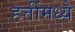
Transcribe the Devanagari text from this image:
हत्तींमध्ये